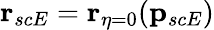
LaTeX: \mathbf{r}_{scE}=\mathbf{r}_{\eta=0}(\mathbf{p}_{scE})